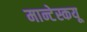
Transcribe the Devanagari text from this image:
मान्टेस्कयू